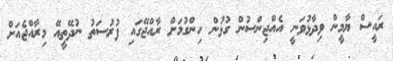
ރައީސް ޔާމީން ވިދާޅުވަނީ އެއްޖިންސުން ގުޅުން ހިންގުމަށް ރާއްޖޭގައި ފުރުސަތު ނުދޭތީއޭ މިރާއްޖެއަށް